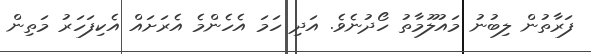
ފަރާތުން ލިބުނު މައުލޫމާތު ހޯދުނެވެ. އަދި ހަމަ އެހެންމެ އެރަށައް އެކިފަހަރު މަތިން